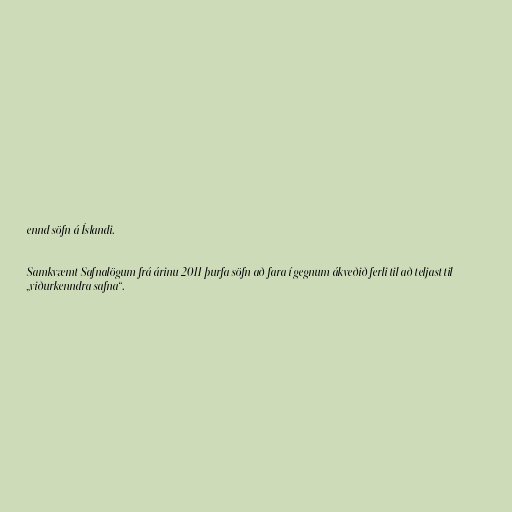
ennd söfn á Íslandi.

Samkvæmt Safnalögum frá árinu 2011 þurfa söfn að fara í gegnum ákveðið ferli til að teljast til
„viðurkenndra safna“.